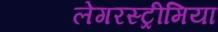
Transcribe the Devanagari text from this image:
लेगरस्ट्रीमिया